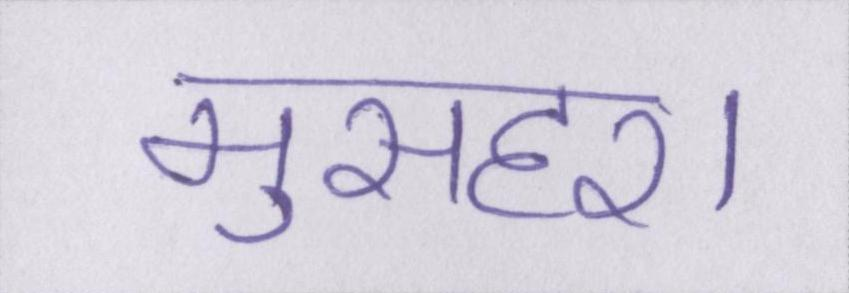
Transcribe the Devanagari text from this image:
मुसहर।